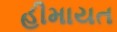
હીમાયત